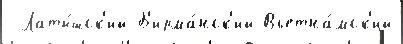
 Латы́шск'ий Б'ирма́нск'ий Вьетна́мск'ий